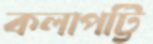
কলাপট্টি